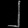
Digit: ၂